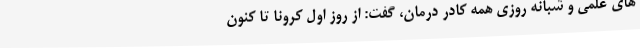
های علمی و شبانه روزی همه کادر درمان، گفت: از روز اول کرونا تا کنون